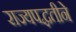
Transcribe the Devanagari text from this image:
राज्यपद्धतीने